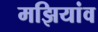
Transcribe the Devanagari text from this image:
मझियांव